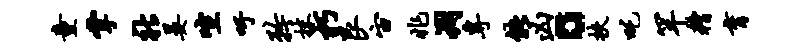
童掌社晏喧吁矜抹朽良宙兆凋专能凶。扶吒罕糟育